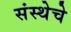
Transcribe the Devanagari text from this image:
संस्‍थेचे